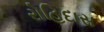
રોહિદાસ